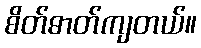
စိတ်ဓာတ်ကျတယ်။